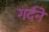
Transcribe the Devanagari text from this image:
गर्दनें